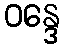
ဝန္ဒေ